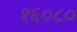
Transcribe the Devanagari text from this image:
१६०८०